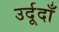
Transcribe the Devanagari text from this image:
उर्दूदाँ